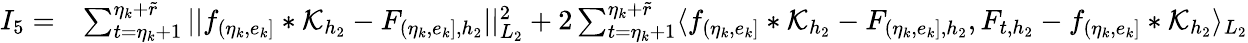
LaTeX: \begin{array}{rl}{I_{5}=}&{\sum_{t=\eta_{k}+1}^{\eta_{k}+\widetilde{r}}\vert\vert f_{(\eta_{k},e_{k}]}\ast\mathcal{K}_{{h_{2}}}-F_{(\eta_{k},e_{k}],{h_{2}}}\vert\vert_{L_{2}}^{2}+2\sum_{t=\eta_{k}+1}^{\eta_{k}+\widetilde{r}}\langle f_{(\eta_{k},e_{k}]}\ast\mathcal{K}_{{h_{2}}}-F_{(\eta_{k},e_{k}],{h_{2}}},F_{t,{h_{2}}}-f_{(\eta_{k},e_{k}]}\ast\mathcal{K}_{{h_{2}}}\rangle_{L_{2}}}\end{array}